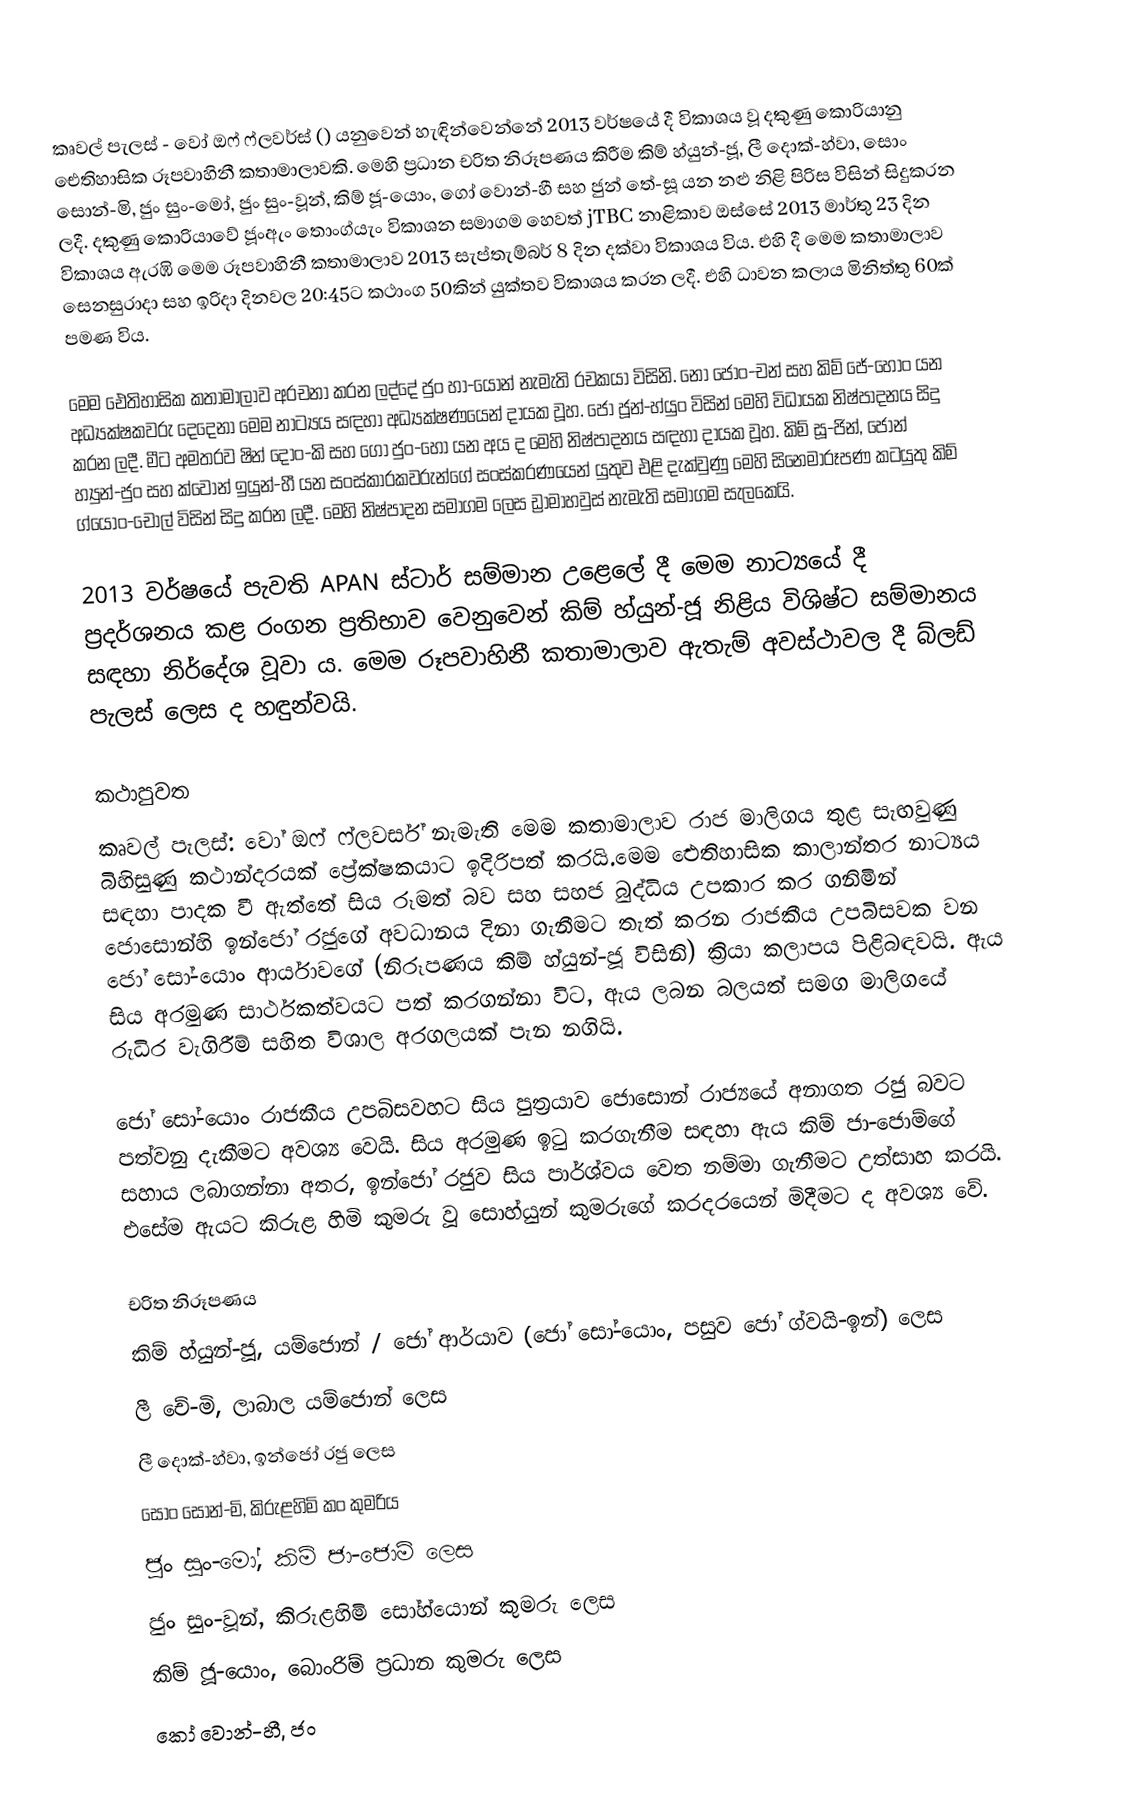
කෘවල් පැලස් - වෝ ඔෆ් ෆ්ලවර්ස් () යනුවෙන් හැඳින්වෙන්නේ 2013 වර්ෂයේ දී විකාශය වූ දකුණු කොරියානු ඓතිහාසික රූපවාහිනී කතාමාලාවකි. මෙහි ප්‍රධාන චරිත නිරූපණය කිරීම කිම් හ්යුන්-ජූ, ලී දොක්-හ්වා, සොං සොන්-මි, ජුං සුං-මෝ, ජුං සුං-වූන්, කිම් ජූ-යොං, ගෝ වොන්-හී සහ ජුන් තේ-සූ යන නළු නිළි පිරිස විසින් සිදුකරන ලදී. දකුණු කොරියාවේ ජූංඇං තොංග්යැං විකාශන සමාගම හෙවත් jTBC නාළිකාව ඔස්සේ 2013 මාර්තු 23 දින විකාශය ඇරඹි මෙම රූපවාහිනී කතාමාලාව 2013 සැප්තැම්බර් 8 දින දක්වා විකාශය විය. එහි දී මෙම කතාමාලාව සෙනසුරාදා සහ ඉරිදා දිනවල 20:45ට කථාංග 50කින් යුක්තව විකාශය කරන ලදී. එහි ධාවන කලාය මිනිත්තු 60ක් පමණ විය.

මෙම ඓතිහාසික කතාමාලාව අරචනා කරන ලද්දේ ජුං හා-යොන් නැමැති රචකයා විසිනි. නෝ ජොං-චන් සහ කිම් ජේ-හොං යන අධ්‍යක්ෂකවරු දෙදෙනා මෙම නාට්‍යය සඳහා අධ්‍යක්ෂණයෙන් දායක වූහ. ජෝ ජූන්-හ්යුං විසින් මෙහි විධායක නිෂ්පාදනය සිදු කරන ලදී. මීට අමතරව ෂින් දොං-කි සහ ගෝ ජුං-හෝ යන අය ද මෙහි නිෂ්පාදනය සඳහා දායක වූහ. කිම් සූ-ජින්, ජොන් හ්‍යුන්-ජුං සහ ක්වොන් ඉයුන්-හී යන සංස්කාරකවරුන්ගේ සංස්කරණයෙන් යුතුව එළි දැක්වුණු මෙහි සිනෙමාරූපණ කටයුතු කිම් ග්යොං-චොල් විසින් සිදු කරන ලදී. මෙහි නිෂ්පාදන සමාගම ලෙස ඩ්‍රාමාහවුස් නැමැති සමාගම සැලකෙයි.

2013 වර්ෂයේ පැවති APAN ස්ටාර් සම්මාන උළෙලේ දී මෙම නාට්‍යයේ දී ප්‍රදර්ශනය කළ රංගන ප්‍රතිභාව වෙනුවෙන් කිම් හ්යුන්-ජූ නිළිය විශිෂ්ට සම්මානය සඳහා නිර්දේශ වූවා ය. මෙම රූපවාහිනී කතාමාලාව ඇතැම් අවස්ථාවල දී බ්ලඩ් පැලස් ලෙස ද හඳුන්වයි.

කථාපුවත
කෘවල් පැලස්: වෝ ඔෆ් ෆ්ලවර්ස් නැමැති මෙම කතාමාලාව රාජ මාලිගය තුළ සැඟවුණු බිහිසුණු කථාන්දරයක් ප්‍රේක්ෂකයාට ඉදිරිපත් කරයි.මෙම ඓතිහාසික කාලාන්තර නාට්‍යය සඳහා පාදක වී ඇත්තේ සිය රූමත් බව සහ සහජ බුද්ධිය උපකාර කර ගනිමින් ජොසොන්හි ඉන්ජෝ රජුගේ අවධානය දිනා ගැනීමට තැත් කරන රාජකීය උපබිසවක වන ජෝ සෝ-යොං ආර්යාවගේ (නිරූපණය කිම් හ්යුන්-ජූ විසිනි) ක්‍රියා කලාපය පිළිබඳවයි. ඇය සිය අරමුණ සාර්ථකත්වයට පත් කරගන්නා විට, ඇය ලබන බලයත් සමග මාලිගයේ රුධිර වැගිරීම් සහිත  විශාල අරගලයක් පැන නගියි.

ජෝ සෝ-යොං රාජකීය උපබිසවහට සිය පුත්‍රයාව ජොසොන් රාජ්‍යයේ අනාගත රජු බවට පත්වනු දැකීමට අවශ්‍ය වෙයි. සිය අරමුණ ඉටු කරගැනීම සඳහා ඇය කිම් ජා-ජොම්ගේ සහාය ලබාගන්නා අතර, ඉන්ජෝ රජුව සිය පාර්ශ්වය වෙත නම්මා ගැනීමට උත්සාහ කරයි. එසේම ඇයට කිරුළ හිමි කුමරු වූ සොහ්යුන් කුමරුගේ කරදරයෙන් මිදීමට ද අවශ්‍ය වේ.

චරිත නිරූපණය
කිම් හ්යුන්-ජූ, යම්ජොන් / ජෝ ආර්යාව (ජෝ සෝ-යොං, පසුව ජෝ ග්වයි-ඉන්) ලෙස
ලී චේ-මි, ලාබාල යම්ජොන් ලෙස
ලී දොක්-හ්වා, ඉන්ජෝ රජු ලෙස
සොං සොන්-මි, කිරුළහිමි කං කුමරිය
ජුං සුං-මෝ, කිම් ජා-ජොම් ලෙස
ජුං සුං-වූන්, කිරුළහිමි සෝහ්යොන් කුමරු ලෙස
කිම් ජූ-යොං, බොංරිම් ප්‍රධාන කුමරු ලෙස
කෝ වොන්-හී, ජං